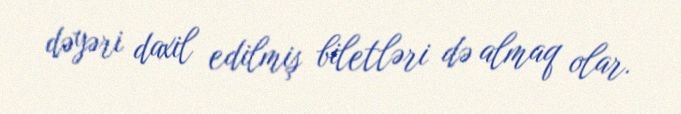
dəyəri daxil edilmiş biletləri də almaq olar.